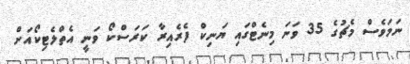
ނަމަވެސް މެޗުގެ 35 ވަނަ މިނެޓްގައި ޔަނިކް ފެރެއިރާ ކަރަސްކޯ ވަނީ އެތްލެޓިކޯއަށް